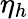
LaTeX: \eta_{h}